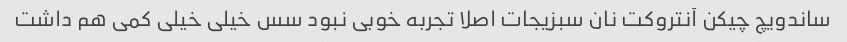
ساندویچ چیکن آنتروکت نان سبزیجات اصلا تجربه خوبی نبود سس خیلی خیلی کمی هم داشت